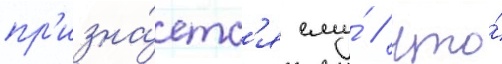
пр'изна́етс'я ему́ / что́